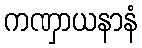
ကဏှာယနာနံ